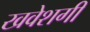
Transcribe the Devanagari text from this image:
खवेशगी